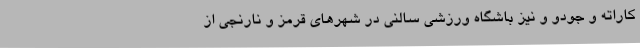
کاراته و جودو و نیز باشگاه ورزشی سالنی در شهرهای قرمز و نارنجی از